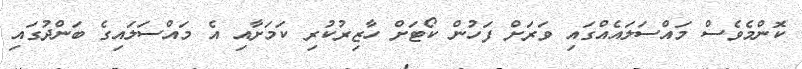
ކޮންމެވެސް މައްސަލައެއްގައި ވަރަށް ފަހުން ކޯޓަށް ހާޒިރުކުރި ކަމަށާއި އެ މައްސަލައިގެ ބަންދުގައި